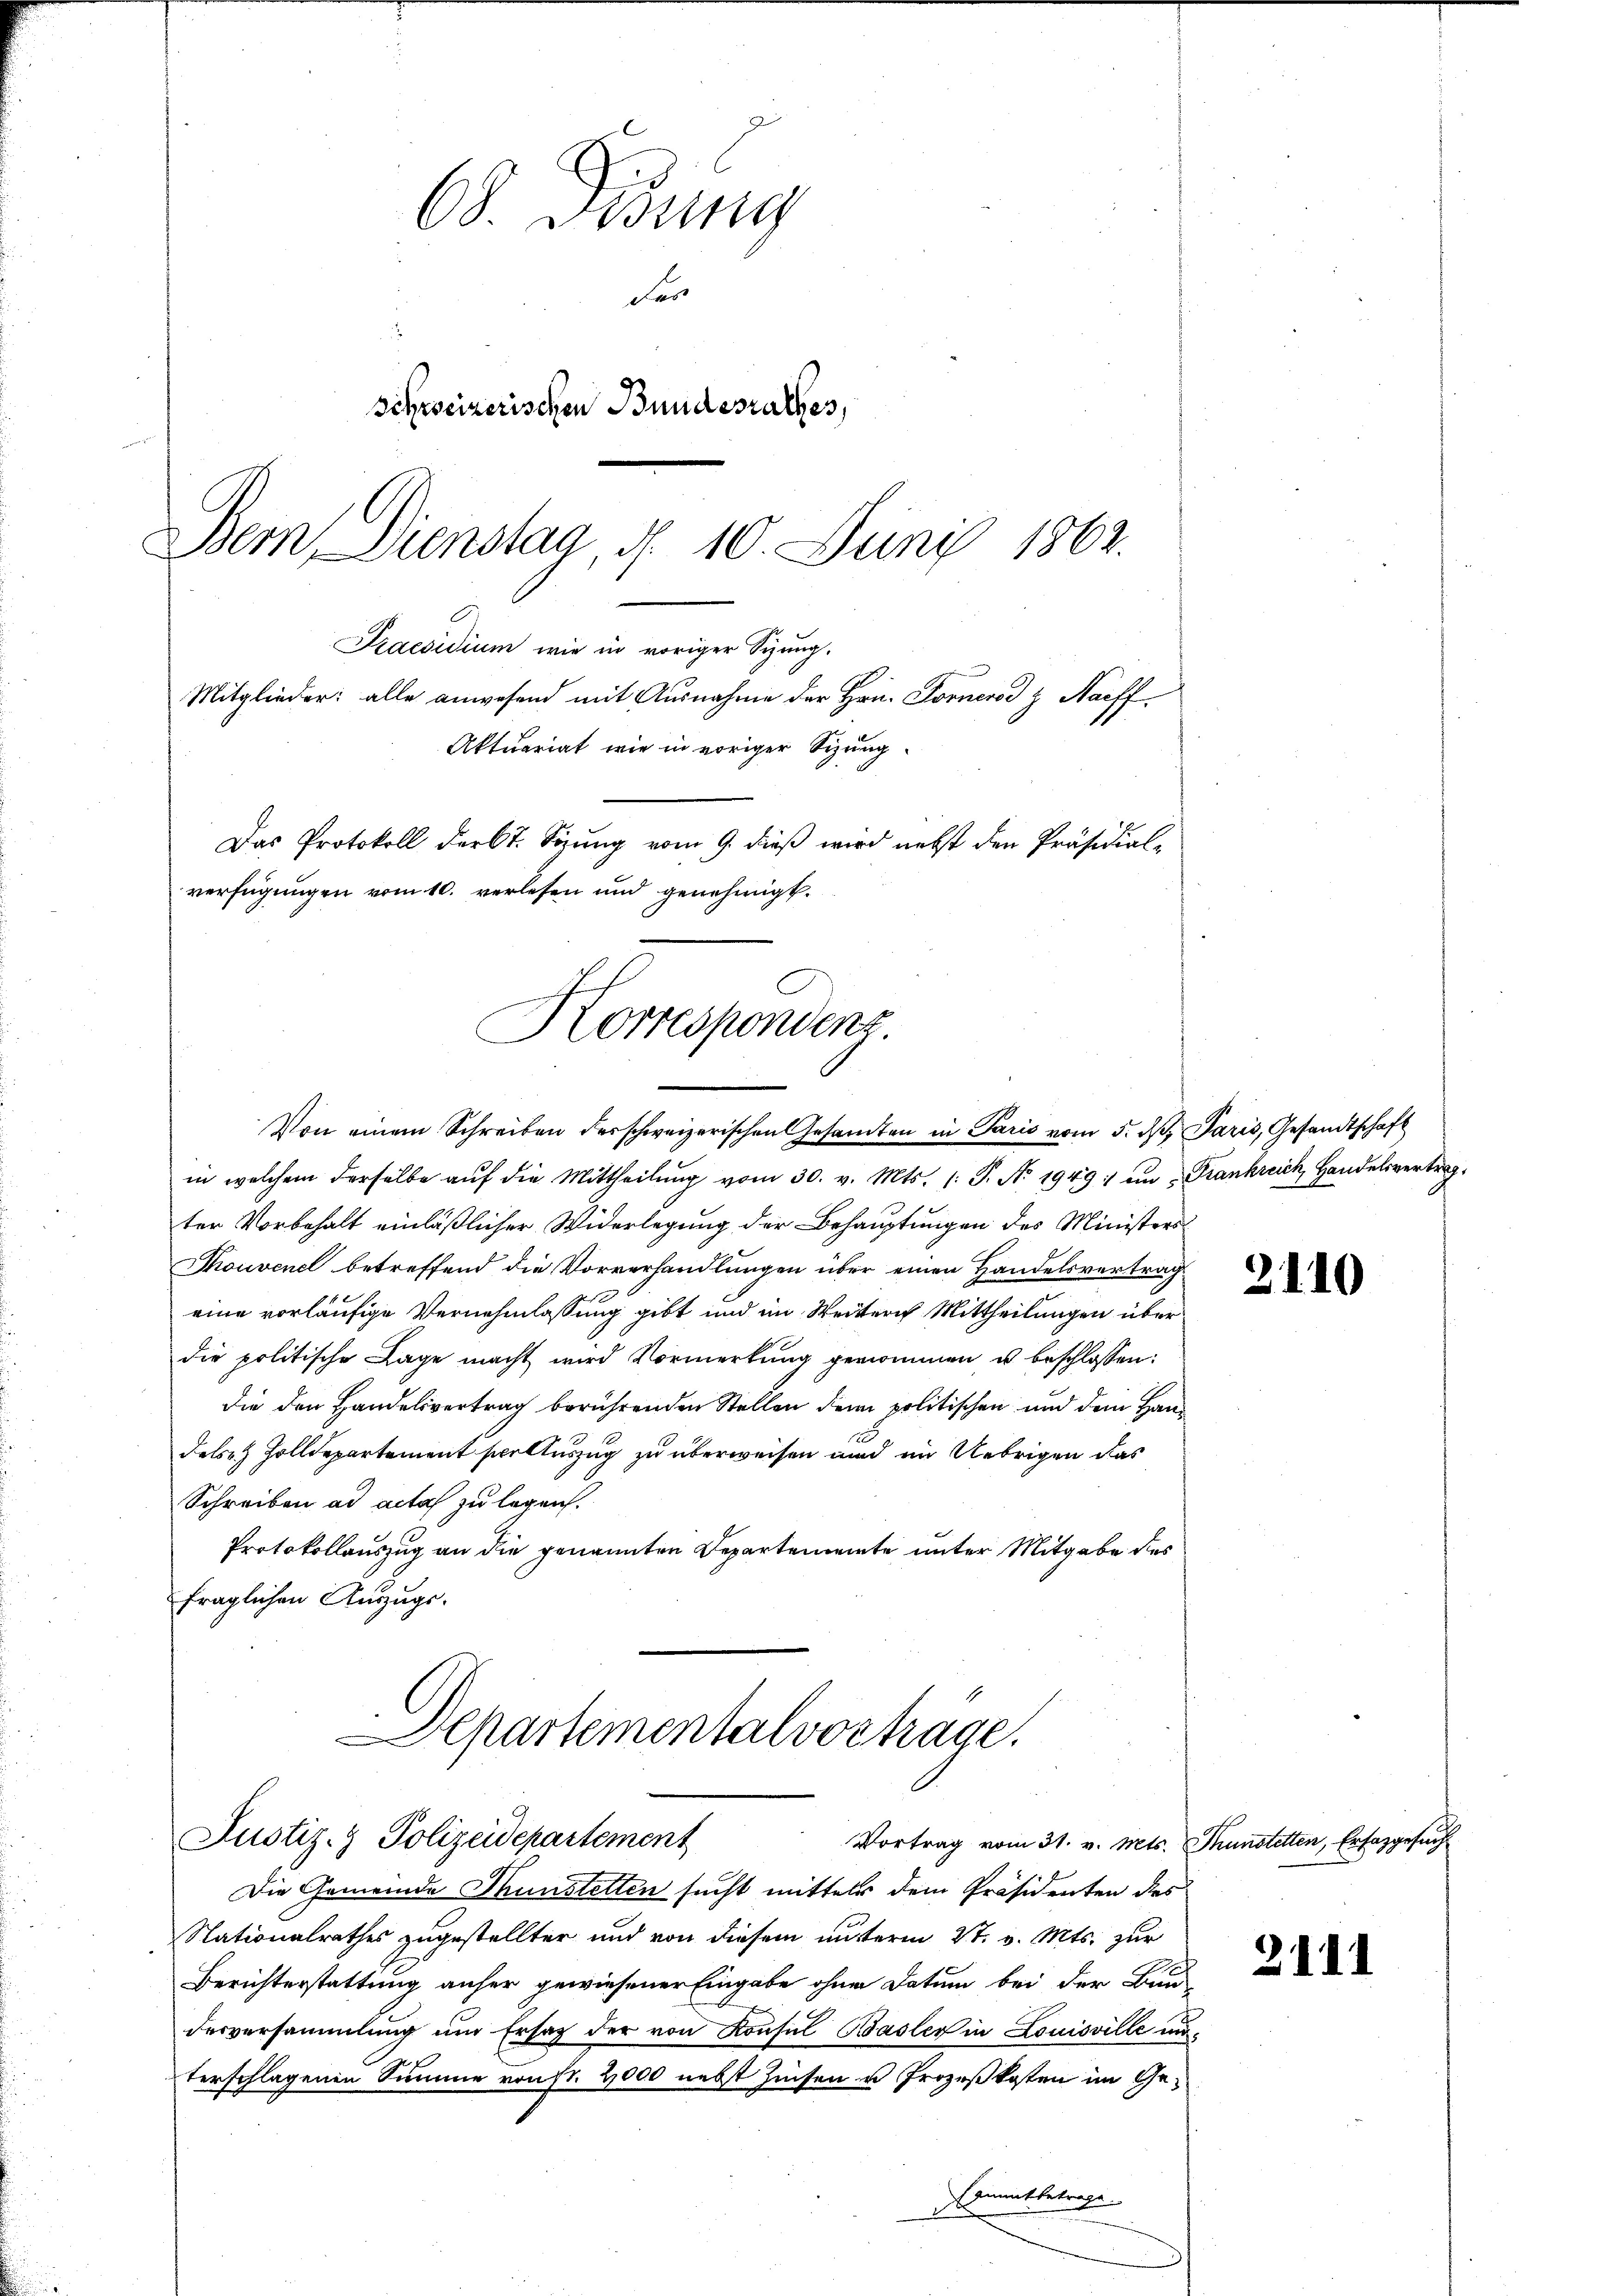
68. Krung
Fer
schweizerischen Bundesrathes,
Bern Dienstag, d. 10. Juni 1862.

Praesidium wie in voriger Sizung.
Mitglieder: alle anwesend mit Ausnahme der Hrn. Forners z Naeff¬
Aktuariat wie in voriger Sizung
Das Protokoll der lt. Sizung vom 9. dieß wird nebst den Präsidial-
verfügungen vom 10. verlesen und genehmigt.
Korrespondenz.
Von einem Schreiben der schweizerischen Gesamten in Paris vom 5. dβ, Paris, Gesandtschaft

Departementalvortrage.
Justiz- & Polizeidepartement

in welchem derselbe aŭf die Mittheilŭng vom 30. v. Mts. 1. P. Nr. 1949: an Frankreich, Handelsvertrag.
ter Vorbehalt einläßlicher Widerlegung der Behauptungen des Ministers
Touvenel betreffend die Vorverhandlungen über einen Handelsvertrag
eine vorläufige Vernehmlassung gibt und im Weitern Mittheilungen überdie politische Lage macht wird Vormerkung genommen u beschlossen:
die den Handelsvertrag berührenden Stellen den politischen und dem Handeb Zolldepartement scolluszug zu überweisen und im Uebrigen das
Schreiben ad acta zu legen.
Protokollauszug an die genannten Departemente unter Mitgabe des
fraglichen Auszugs-

Vortrag vom 31. v. Mts. Thunstetten, Erfasgesuch
Die Gemeinde Thunstetten sucht mittels dem Präsidenten des
Nationalrathes zugestellter und von diesem unterm St. v. Mts. zur
Berichterstattung anher gewiesener Eingabe ohne Datum bei der Bau-
desversammlung um Ersatz der von Konsul Basler in Louisville unterschlagenen Summe von st. 2000 nebst Zinsen u Prozeßkosten im Geanmitbetrage

2110

2111